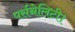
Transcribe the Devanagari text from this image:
पर्सनेलिटी।